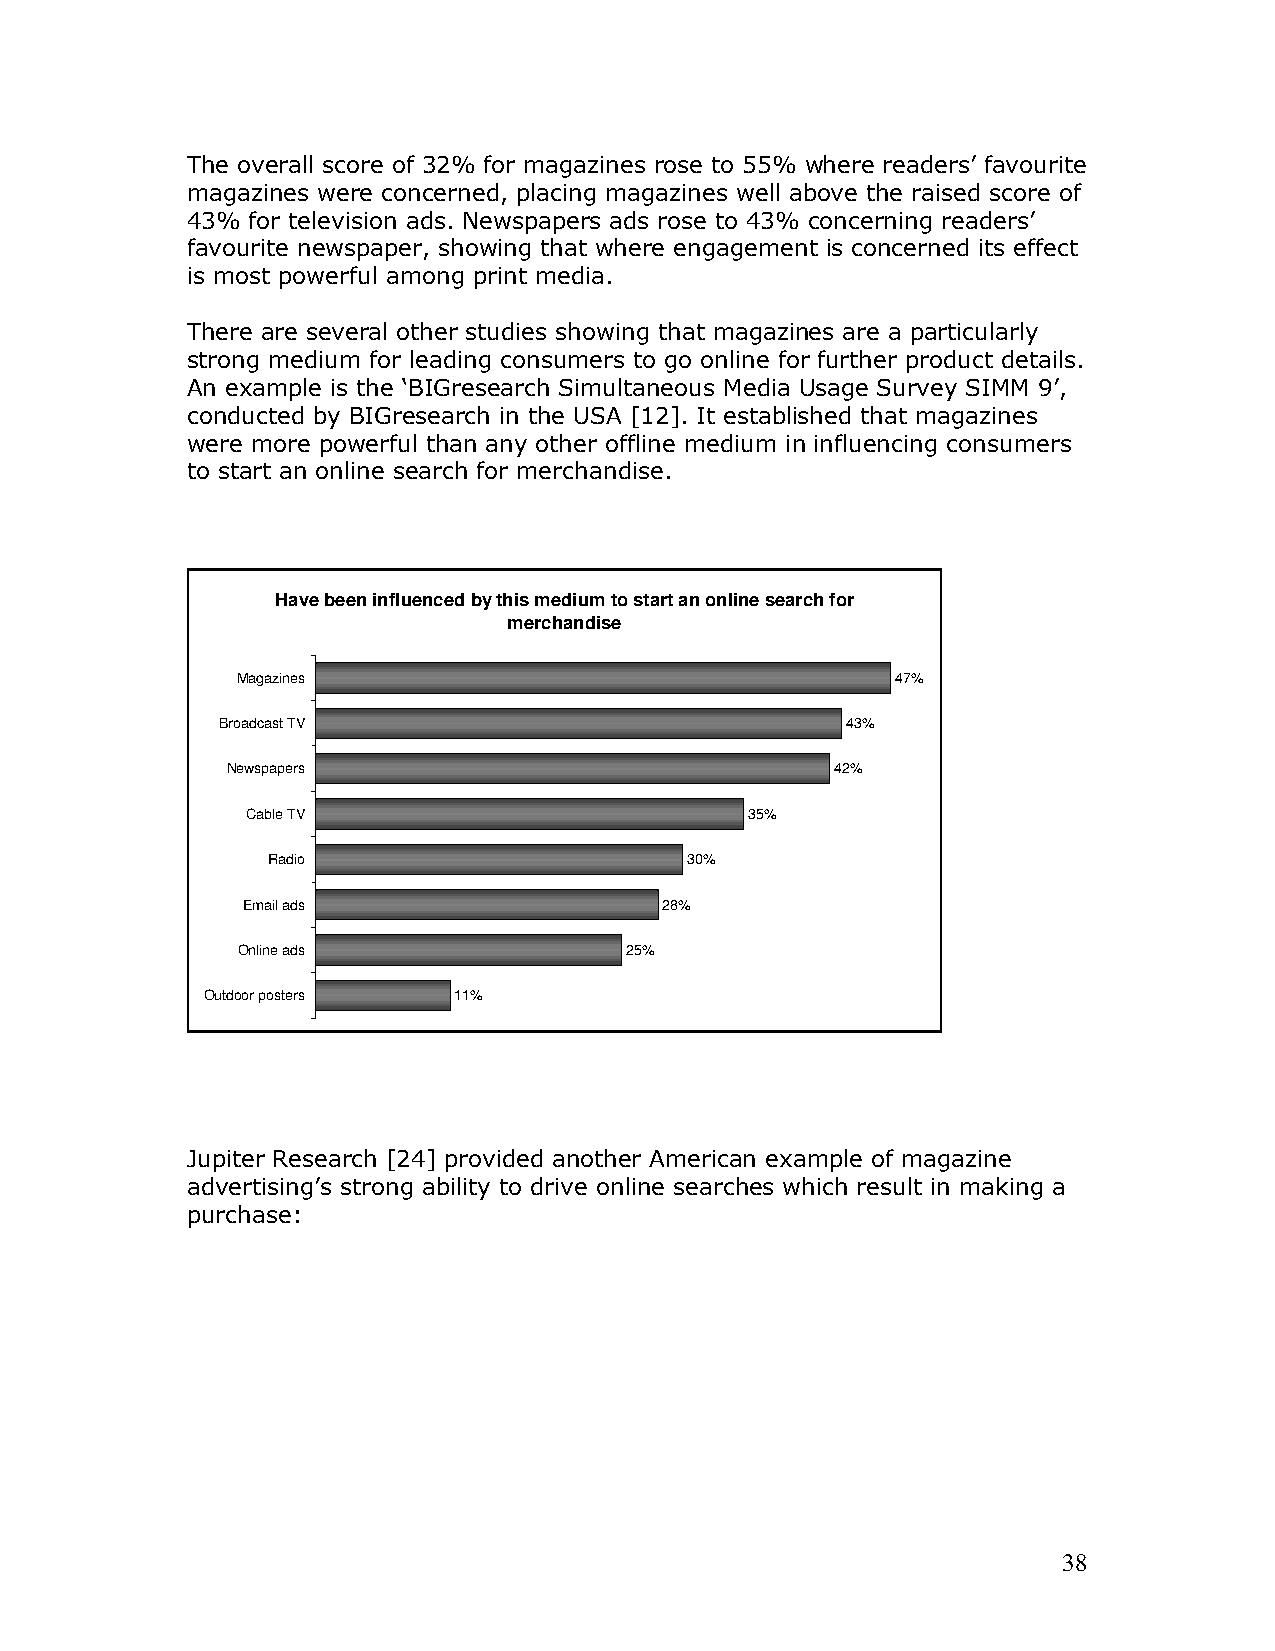
The overall score of 32% for magazines rose to 55% where readers’ favourite
 magazines were concerned, placing magazines well above the raised score of
 43%  for television ads. Newspapers ads rose to 43% concerning readers’
 favourite newspaper, showing that where engagement is concerned its effect
 is most powerful among print media.
 There are several other studies showing that magazines are a particularly
 strong medium for leading consumers to go online for further product details.
 An example is the ‘BIGresearch Simultaneous Media Usage Survey SIMM 9’,
 conducted by BIGresearch in the USA [12]. It established that magazines
 were more powerful than any other offline medium in influencing consumers
 to start an online search for merchandise.
 Have been influenced by this medium to start an online search for
 merchandise
 Magazines                                  47%
 Broadcast TV                              43%
 Newspapers                              42%
 Cable TV                          35%
 Radio                      30%
 Email ads                   28%
 Online ads               25%
 Outdoor posters  11%
 Jupiter Research [24] provided another American example of magazine
 advertising’s strong ability to drive online searches which result in making a
 purchase:
 38